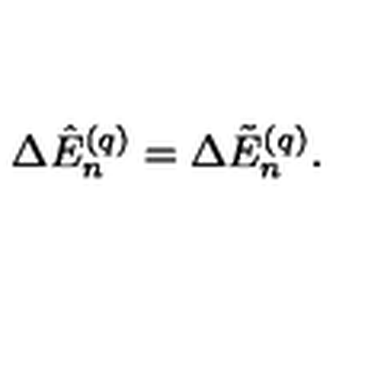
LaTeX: \Delta \hat { E } _ { n } ^ { ( q ) } = \Delta \tilde { E } _ { n } ^ { ( q ) } .